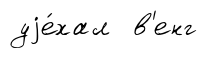
уjе́хал в'енг